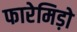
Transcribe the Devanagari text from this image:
फारेमिड़ो